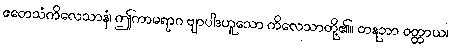
ဧတေသံကိလေသာနံ၊ ဤကာမရာဂ ဗျာပါဒဟူသော ကိလေသာတို့၏။ တနုဘာ ဝတ္ထာယ၊